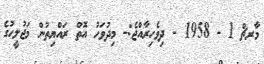
މާރޗް 1 - 1958 - ދިވެހިރާއްޖެ:- މިދުވަހު އޮތް ރައްޔިތުން މަޖުލީހުގެ